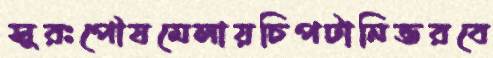
সুরঃপৌষমেলায়চিপটানিভরবে